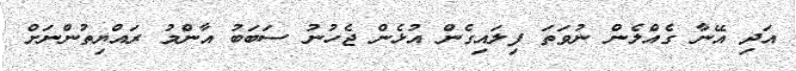
އަދި އޭނާ ގެއްލެން ނުވަތަ ފިލައިގެން އުޅެން ޖެހުނު ސަބަބު އާންމު ރައްޔިތުންނަށް